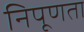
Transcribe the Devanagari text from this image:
निपूणता